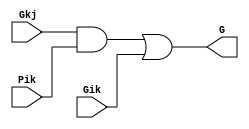
`timescale 1ns / 1ps
//////////////////////////////////////////////////////////////////////////////////
// Company: 
// Engineer: 
// 
// Design Name: 
// Module Name: gray_cell
// Project Name: 
// Target Devices: 
// Tool Versions: 
// Description: 
// 
// Dependencies: 
// 
// Revision:
// Revision 0.01 - File Created
// Additional Comments:
// 
//////////////////////////////////////////////////////////////////////////////////


module gray_cell(Gkj, Pik, Gik, G);
 //gray cell
 input Gkj, Pik, Gik;
 output G;
 wire Y;
 
 and(Y, Gkj, Pik);
 or(G, Y, Gik);

endmodule